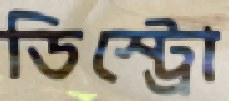
ডিস্ট্রো